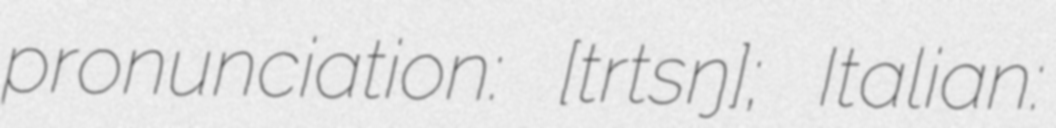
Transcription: pronunciation: [ˈʃtɛrtsɪŋ]; Italian: